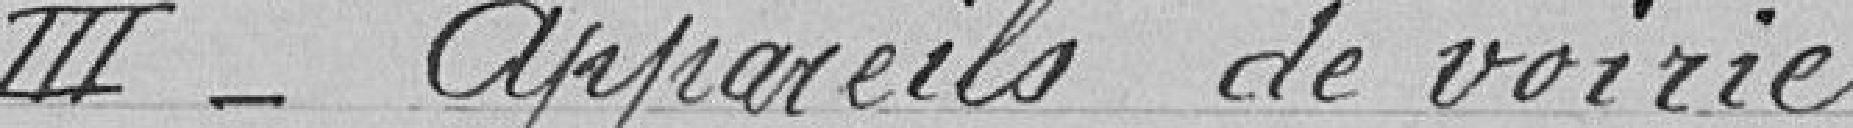
III - Appareils de voirie